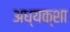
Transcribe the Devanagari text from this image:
अध्यक्शा